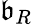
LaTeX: \mathfrak{b}_{R}